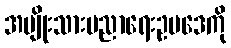
အမျိုးသားပညာရေးဥပဒေကို